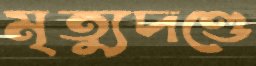
মৃত্যুদণ্ডে